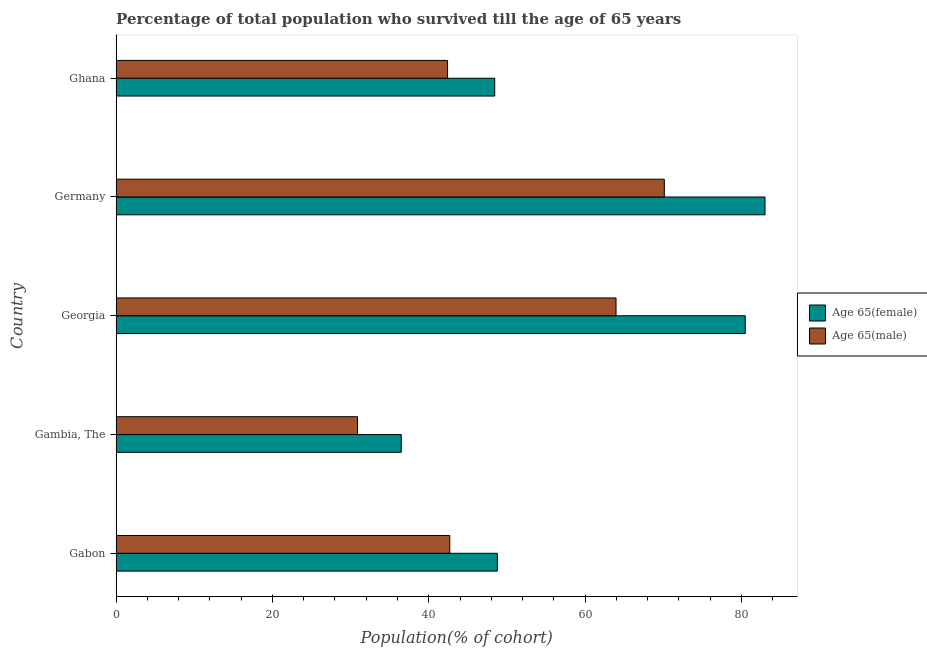
| Country | Age 65(female) | Age 65(male) |
 | --- | --- | --- |
 | Gabon | 48.8 | 42.7 |
 | Gambia, The | 36.5 | 30.9 |
 | Georgia | 80.5 | 64 |
 | Germany | 83 | 70.1 |
 | Ghana | 48.4 | 42.4 |